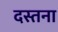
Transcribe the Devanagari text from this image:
दस्तना